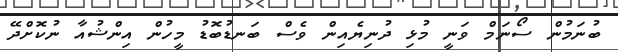
ބުނަމުން ސޯނަމް ވަނީ މުޅި ދުނިޔެއިން ވެސް ބަނޑުބޮޑު މީހުން އިންޝުއާ ނުކޮށްދޭ